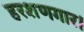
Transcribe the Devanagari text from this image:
हरशणगार।